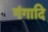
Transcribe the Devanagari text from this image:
गंगादि